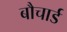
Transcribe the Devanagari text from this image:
बौचार्ड